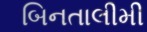
બિનતાલીમી